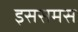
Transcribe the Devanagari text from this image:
इससमस